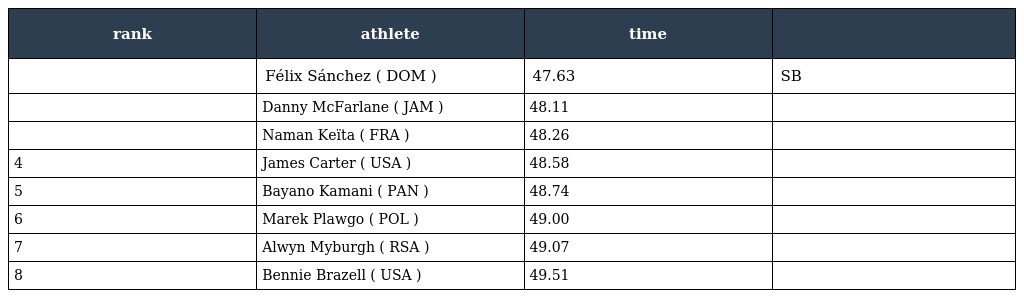
| rank | athlete | time |  |
 | --- | --- | --- | --- |
 |  | Félix Sánchez ( DOM ) | 47.63 | SB |
 |  | Danny McFarlane ( JAM ) | 48.11 |  |
 |  | Naman Keïta ( FRA ) | 48.26 |  |
 | 4 | James Carter ( USA ) | 48.58 |  |
 | 5 | Bayano Kamani ( PAN ) | 48.74 |  |
 | 6 | Marek Plawgo ( POL ) | 49.00 |  |
 | 7 | Alwyn Myburgh ( RSA ) | 49.07 |  |
 | 8 | Bennie Brazell ( USA ) | 49.51 |  |